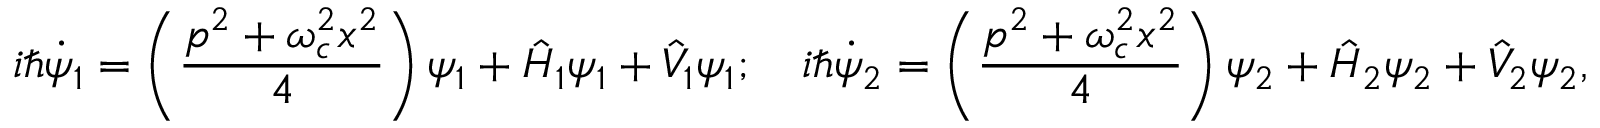
i \hbar \dot { \psi } _ { 1 } = \left( \frac { p ^ { 2 } + \omega _ { c } ^ { 2 } x ^ { 2 } } { 4 } \right) \psi _ { 1 } + \hat { H } _ { 1 } \psi _ { 1 } + \hat { V } _ { 1 } \psi _ { 1 } ; \quad i \hbar \dot { \psi } _ { 2 } = \left( \frac { p ^ { 2 } + \omega _ { c } ^ { 2 } x ^ { 2 } } { 4 } \right) \psi _ { 2 } + \hat { H } _ { 2 } \psi _ { 2 } + \hat { V } _ { 2 } \psi _ { 2 } ,